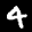
Label: 4